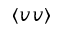
\langle v v \rangle